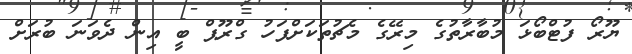
ޔޫރޯ ފުޓްބޯޅަ މުބާރާތުގެ މިރޭގެ މެޗުތަކަށްފަހު ގްރޫޕް ބީ އިން ދެވަނަ ބުރަށް